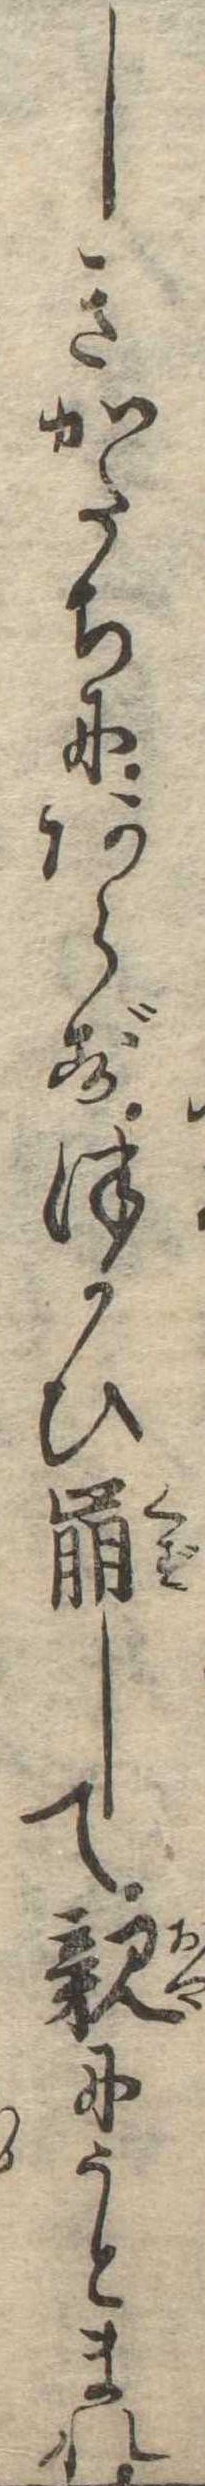
しきかたちにあらずつかひ崩して親にうとまれ